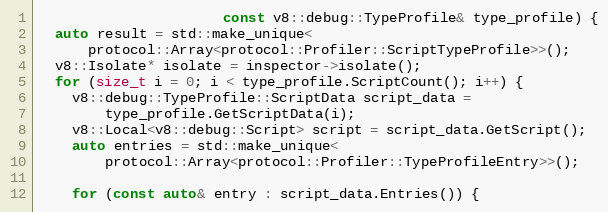
Language: C++
                      const v8::debug::TypeProfile& type_profile) {
  auto result = std::make_unique<
      protocol::Array<protocol::Profiler::ScriptTypeProfile>>();
  v8::Isolate* isolate = inspector->isolate();
  for (size_t i = 0; i < type_profile.ScriptCount(); i++) {
    v8::debug::TypeProfile::ScriptData script_data =
        type_profile.GetScriptData(i);
    v8::Local<v8::debug::Script> script = script_data.GetScript();
    auto entries = std::make_unique<
        protocol::Array<protocol::Profiler::TypeProfileEntry>>();

    for (const auto& entry : script_data.Entries()) {